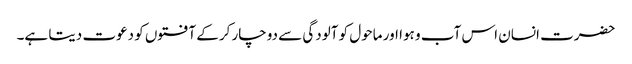
حضرت انسان اس آب و ہوا اور ماحول کو آلودگی سے دوچار کرکے آفتوں کو دعوت دیتا ہے۔